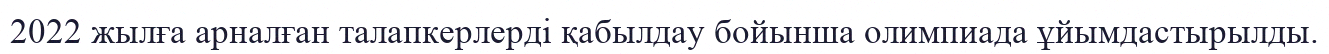
2022 жылға арналған талапкерлерді қабылдау бойынша олимпиада ұйымдастырылды.